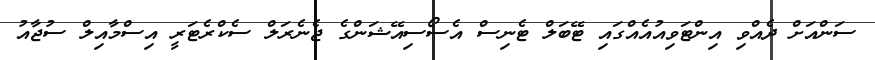
ސަންއަށް ދެއްވި އިންޓަވިއުއެއްގައި ޓޭބަލް ޓެނިސް އެސޯސިއޭޝަންގެ ޖެނެރަލް ސެކްރެޓަރީ އިސްމާއިލް ސުޖާއު